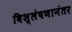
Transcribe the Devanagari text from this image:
विश्लेषणानंतर